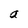
Character: a